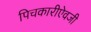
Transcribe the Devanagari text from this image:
पिचकारीऐवजी